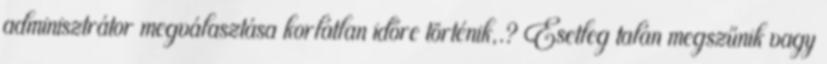
adminisztrátor megválasztása korlátlan időre történik,.? Esetleg talán megszűnik vagy